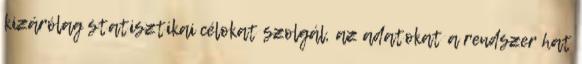
kizárólag statisztikai célokat szolgál, az adatokat a rendszer hat